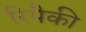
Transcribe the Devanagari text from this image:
रिपैकी